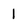
Character: 1